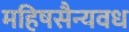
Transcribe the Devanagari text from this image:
महिषसैन्यवध